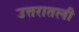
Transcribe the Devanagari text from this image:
उत्तरातली